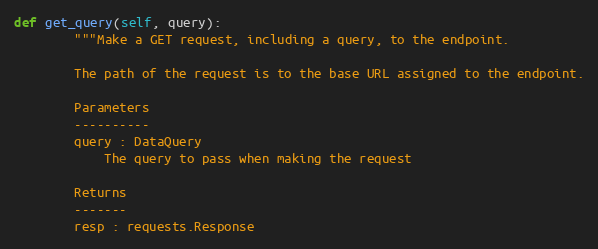
Language: Python
def get_query(self, query):
        """Make a GET request, including a query, to the endpoint.

        The path of the request is to the base URL assigned to the endpoint.

        Parameters
        ----------
        query : DataQuery
            The query to pass when making the request

        Returns
        -------
        resp : requests.Response